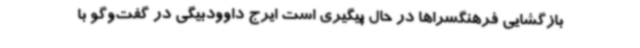
بازگشایی فرهنگسراها در حال پیگیری است ایرج داوودبیگی در گفت‌وگو با